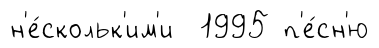
н'е́скольк'им'и 1995 п'е́сн'ю